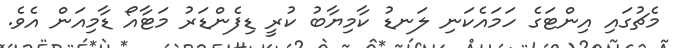
މެޗުގައި އިންޓަގެ ހަމައެކަނި ލަނޑު ކާމިޔާބު ކުރީ ޑިފެންޑަރު މަޓާއޯ ޑާމިއަން އެވެ.